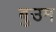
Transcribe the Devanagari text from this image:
बुउम